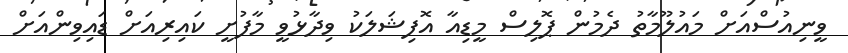
ވީނިއުސްއަށް މައުލޫމާތު ދެމުން ޕޮލިސް މީޑިއާ އޮފިޝަލަކު ވިދާޅުވީ މާފުށީ ކައިރިއަށް ޑައިވިންއަށް